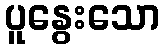
ပူနွေးသော